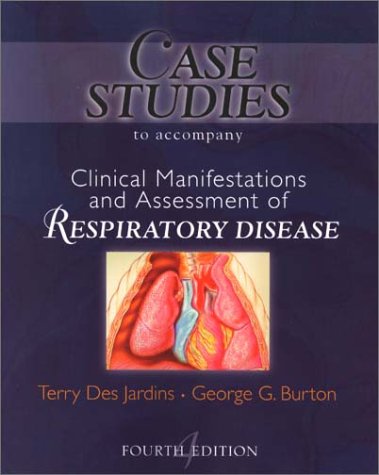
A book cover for Case Studies T/A Clinical Manifestation and Assessment of Respiratory Disease; Terry Des Jardins MEd  RRT; Medical Books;